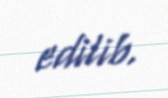
edilib.